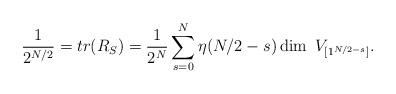
LaTeX: \begin{align*}\frac{1}{2^{N/2}}=tr(R_S)=\frac{1}{2^{N}}\sum_{s=0}^N \eta(N/2-s)\dim\ V_{[1^{N/2-s}]}.\end{align*}